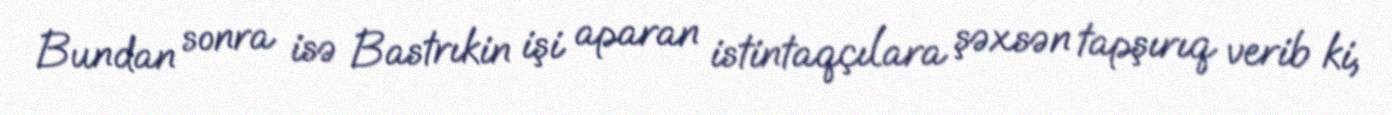
Bundan sonra isə Bastrıkin işi aparan istintaqçılara şəxsən tapşırıq verib ki,